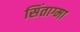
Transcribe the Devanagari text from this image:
सिंताग्मा